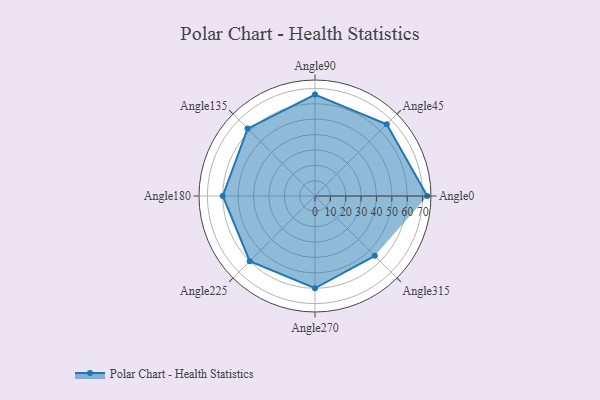
{"axis": {"x": "Angle", "y": "Radius"}, "legend": [""], "data": [{"x": "Angle0", "y": 73.0, "type": ""}, {"x": "Angle45", "y": 66.0, "type": ""}, {"x": "Angle90", "y": 66.0, "type": ""}, {"x": "Angle135", "y": 62.0, "type": ""}, {"x": "Angle180", "y": 60.0, "type": ""}, {"x": "Angle225", "y": 60.0, "type": ""}, {"x": "Angle270", "y": 60.0, "type": ""}, {"x": "Angle315", "y": 55.0, "type": ""}]}